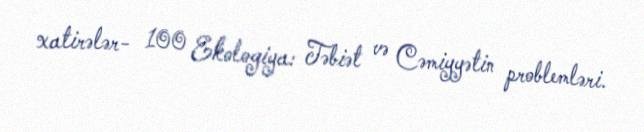
xatirələr- 100 Ekologiya: Təbiət və Cəmiyyətin problemləri.